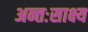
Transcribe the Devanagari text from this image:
अन्तःसाक्ष्य